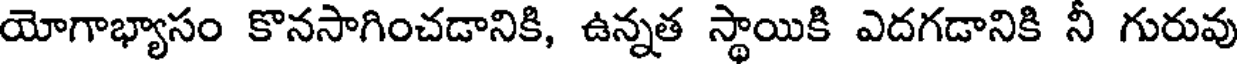
యోగాభ్యాసం కొనసాగించడానికి, ఉన్నత స్థాయికి ఎదగడానికి నీ గురువు